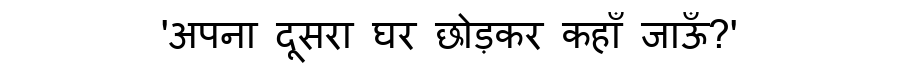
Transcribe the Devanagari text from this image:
'अपना दूसरा घर छोड़कर कहाँ जाऊँ?'